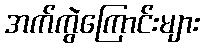
အက်ကွဲကြောင်းများ